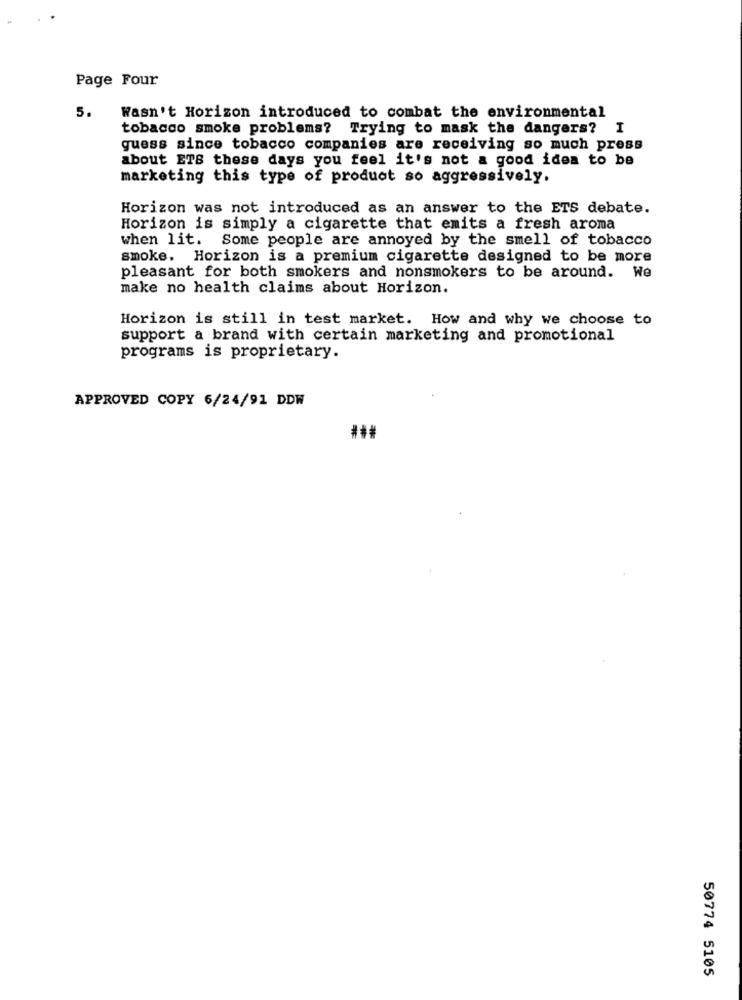
Page Four
5.
Wasn't Horizon introduced to combat the environmental
tobacco smoke problems? Trying to mask the dangers? I
guess since tobacco companies are receiving so much press
about ETS these days you feel it's not a good idea to be
marketing this type of product so aggressively.
Horizon was not introduced as an answer to the ETS debate.
Horizon is simply a cigarette that emits a fresh aroma
when lit. Some people are annoyed by the smell of tobacco
smoke. Horizon is a premium cigarette designed to be more
pleasant for both smokers and nonsmokers to be around. We
make no health claims about Horizon.
Horizon is still in test market. How and why we choose to
support a brand with certain marketing and promotional
programs is proprietary.
APPROVED COPY 6/24/91 DDW
50774 5105